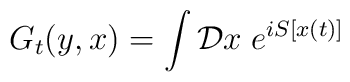
G_t(y,x)=\int {\cal D} x \; e^{ i S [ x(t)] }